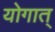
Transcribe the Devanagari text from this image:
योगात्